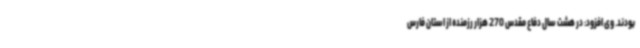
بودند. وی افزود: در هشت سال دفاع مقدس 270 هزار رزمنده از استان فارس